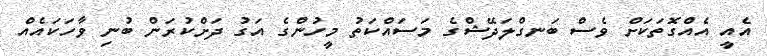
އެއީ އެއްގޮތަކަށް ވެސް ބަނގްލަދޭޝްގެ މަސައްކަތު މީހުންގެ އަގު ދަށްކުރަން ބުނި ވާހަކައެއް